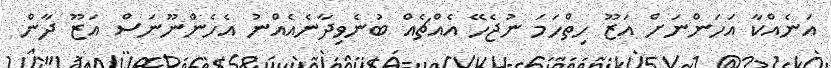
އަނެއްކާ އަހަންނަށް އަޒޫ ހިތްހަމަ ނުޖެހޭ އެއްޗެއް ބުނެވިދާނެއެއްނު އެހެންނޫނަސް އަޒޫ ދާން